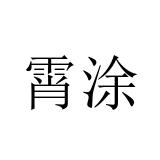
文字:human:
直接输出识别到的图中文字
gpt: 霄涂